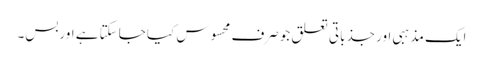
ایک مذہبی اور جذباتی تعلق جوصرف محسوس کیا جاسکتا ہے اوربس۔